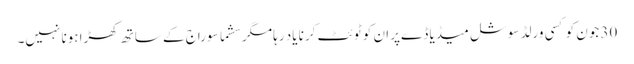
30 جون کو کسی ورلڈ سوشل میڈیا ڈےپر ان کو ٹوئٹ کرنا یاد رہا مگر سشما سوراج کے ساتھ کھڑا ہونا نہیں۔